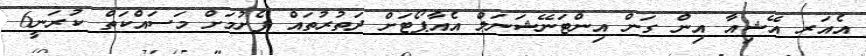
އެއަރ އޭޝިއާ އިން ގަން އިންޓަނޭޝަނަލް އެއާޕޯޓަށް ދަތުރުތައް ފެށުމަށް މަސައްކަތް ކުރަނީ6